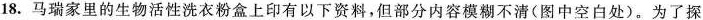
18.马瑞家里的生物活性洗衣粉盒上印有以下资料，但部分内容模糊不清(图中空白处)。为了探